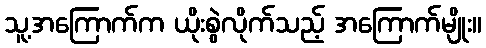
သူ့အကြောက်က ယိုးစွဲလိုက်သည့် အကြောက်မျိုး။